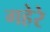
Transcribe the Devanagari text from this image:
गहेरे